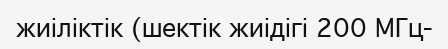
жиіліктік (шектік жиідігі 200 МГц-